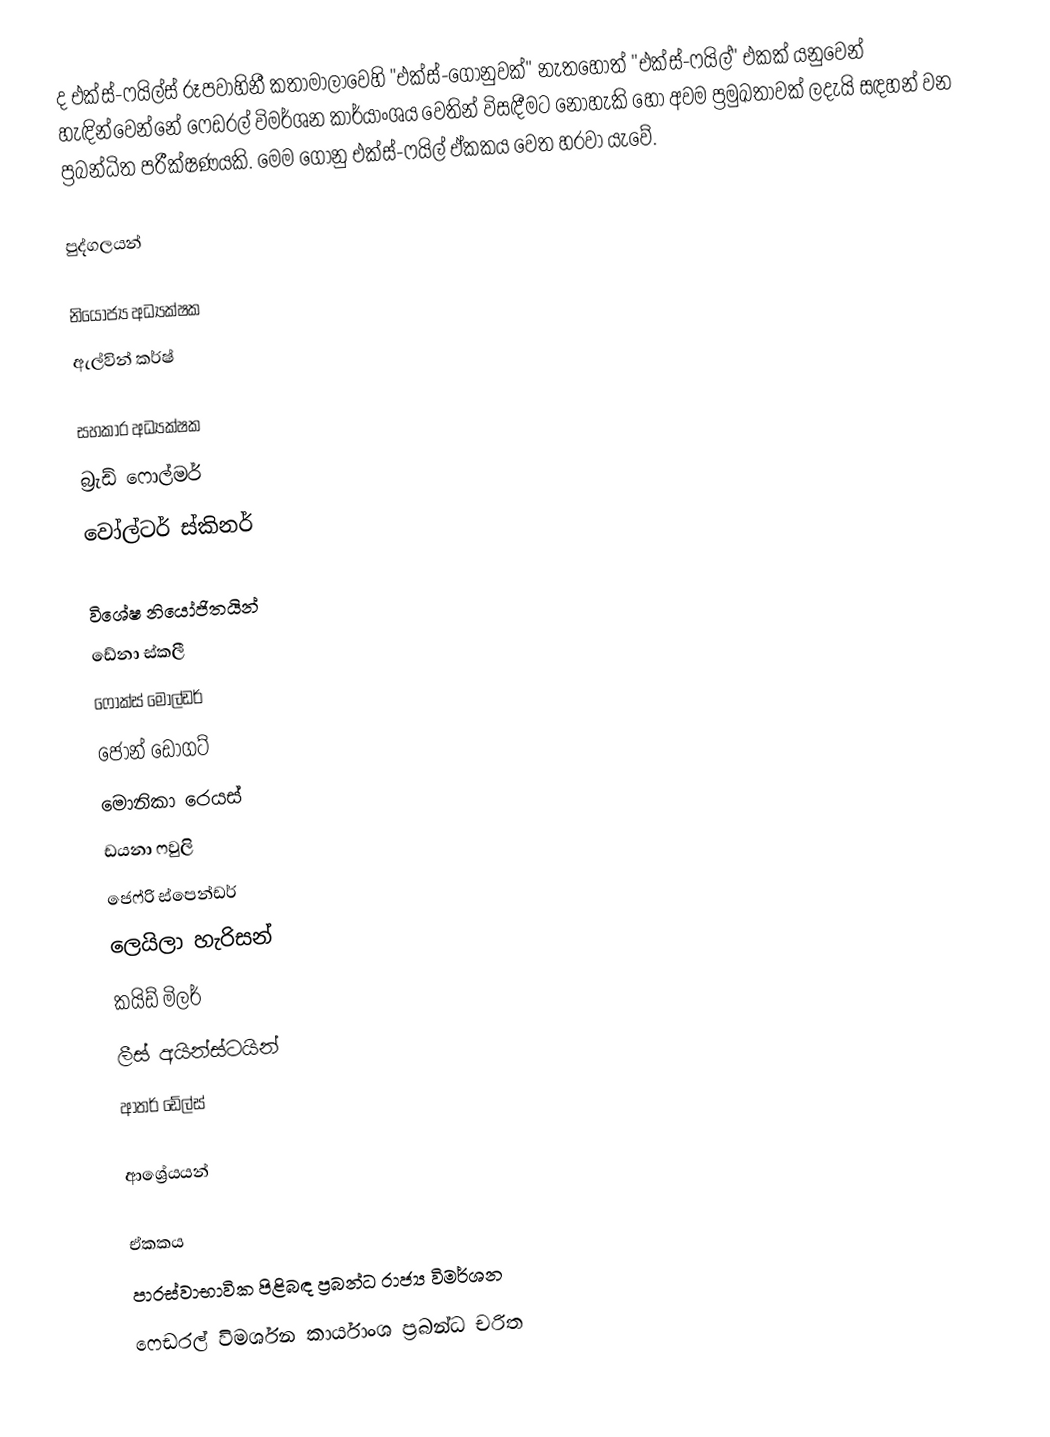
ද එක්ස්-ෆයිල්ස් රූපවාහිනී කතාමාලාවෙහි "එක්ස්-ගොනුවක්" නැතහොත් "එක්ස්-ෆයිල්" එකක් යනුවෙන් හැඳින්වෙන්නේ ෆෙඩරල් විමර්ශන කාර්යාංශය වෙතින් විසඳීමට නොහැකි හෝ අවම ප්‍රමුඛතාවක් ලදැයි සඳහන් වන ප්‍රබන්ධිත පරීක්ෂණයකි. මෙම ගොනු එක්ස්-ෆයිල් ඒකකය වෙත හරවා යැවේ.

පුද්ගලයන්

නියෝජ්‍ය අධ්‍යක්ෂක
 ඇල්වින් කර්ෂ්

සහකාර අධ්‍යක්ෂක
 බ්‍රැඩ් ෆොල්මර්
 වෝල්ටර් ස්කිනර්

විශේෂ නියෝජිතයින්
 ඩේනා ස්කලී
 ෆොක්ස් මෝල්ඩර්
 ජෝන් ඩොගට්
 මොනිකා රෙයස්
 ඩයනා ෆවුලි
 ජෙෆ්රි ස්පෙන්ඩර්
 ලෙයිලා හැරිසන්
 කයිඩ් මිලර්
 ලීස් අයින්ස්ටයින්
 ආතර් ඩේල්ස්

ආශ්‍රේයයන්

ඒකකය
පාරස්වාභාවික පිළිබඳ ප්‍රබන්ධ රාජ්‍ය විමර්ශන
ෆෙඩරල් විමර්ශන කාර්යාංශ ප්‍රබන්ධ චරිත